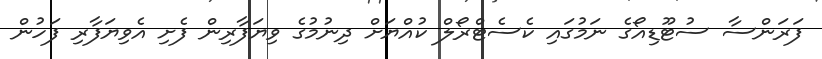
ފަރަންސާ ސުޓޫޑިއޯގެ ނަމުގައި ކެސެޓްރޯލް ކުއްޔަށް ދިނުމުގެ ވިޔަފާރިން ފެށި އެވިޔަފާރި ފަހުން